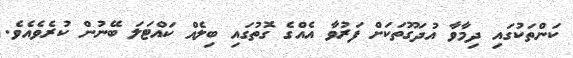
ކަންތަކުގައި ދިމާވާ އުދަގޫތަކަށް ފަރުވާ އެއްގެ ގޮތުގައި ބިލެއް ކައްޓަލަ ބޭނުން ކުރެވެއެވެ.